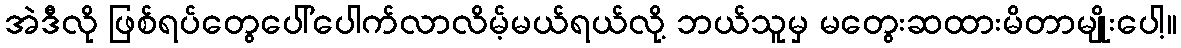
အဲဒီလို ဖြစ်ရပ်တွေပေါ်ပေါက်လာလိမ့်မယ်ရယ်လို့ ဘယ်သူမှ မတွေးဆထားမိတာမျိုးပေါ့။